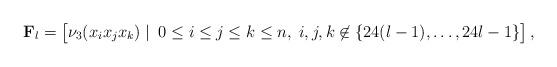
LaTeX: \begin{align*} \mathbf{F}_l = \begin{bmatrix} \nu_3(x_i x_j x_k) \;|\:\; 0 \le i \le j \le k \le n,\; i,j,k \not\in \{ 24(l-1), \ldots, 24l-1 \} \end{bmatrix},\end{align*}